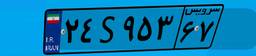
۲۴S۹۵۳۶۷